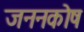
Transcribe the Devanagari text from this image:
जननकोष